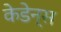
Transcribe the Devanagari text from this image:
केडेन्स